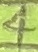
Text: 4